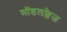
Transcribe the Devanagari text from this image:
मॉडलफ्लेज